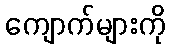
ကျောက်များကို